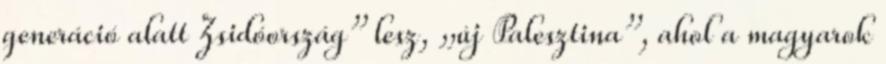
generáció alatt Zsidóország” lesz, „új Palesztina”, ahol a magyarok